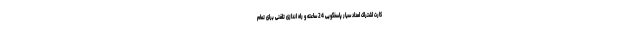
کارت اشتراک امداد سیار پاسخگویی 24 ساعته و راه اندازی تلفنی برای تمام